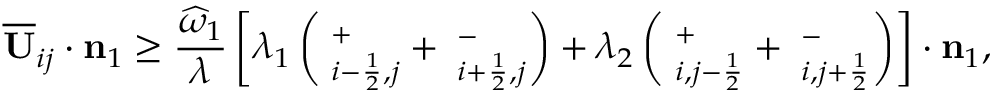
\overline { { \mathbf { U } } } _ { i j } \cdot \mathbf { n } _ { 1 } \ge \frac { \widehat { \omega } _ { 1 } } { \lambda } \left[ \lambda _ { 1 } \left( { \bf \Pi } _ { i - \frac { 1 } { 2 } , j } ^ { + } + { \bf \Pi } _ { i + \frac { 1 } { 2 } , j } ^ { - } \right) + \lambda _ { 2 } \left( { \bf \Pi } _ { i , j - \frac { 1 } { 2 } } ^ { + } + { \bf \Pi } _ { i , j + \frac { 1 } { 2 } } ^ { - } \right) \right] \cdot \mathbf { n } _ { 1 } ,